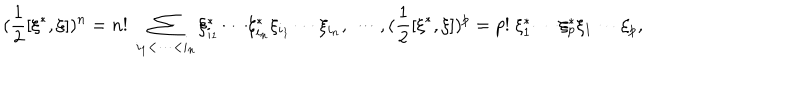
LaTeX: ( \frac 1 2 [ \xi ^ { * } , \xi ] ) ^ { n } = n ! \; \sum _ { i _ { 1 } < \cdots < i _ { n } } \xi _ { i _ { 1 } } ^ { * } \cdots \xi _ { i _ { n } } ^ { * } \xi _ { i _ { 1 } } \cdots \xi _ { i _ { n } } , \; \cdots , ( \frac 1 2 [ \xi ^ { * } , \xi ] ) ^ { p } = p ! \; \xi _ { 1 } ^ { * } \cdots \xi _ { p } ^ { * } \xi _ { 1 } \cdots \xi _ { p } ,